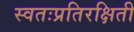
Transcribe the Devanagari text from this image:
स्वतःप्रतिरक्षिती